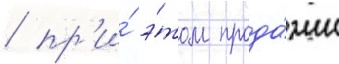
/ пр'и́ э́том прода́жи